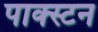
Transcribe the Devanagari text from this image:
पाक्स्टन